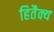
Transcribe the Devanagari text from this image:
हितैक्य